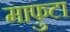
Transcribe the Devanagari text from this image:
माफ़ुटा